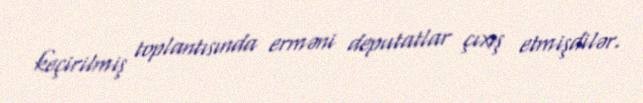
keçirilmiş toplantısında erməni deputatlar çıxış etmişdilər.